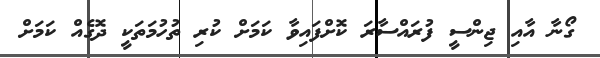
ގޯނާ އާއި ޖިންސީ ފުރައްސާރަ ކޮށްފައިވާ ކަމަށް ކުރި ތުހުމަތަކީ ދޮގެއް ކަމަށް